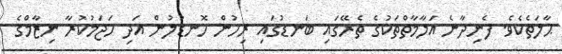
ޙާލަތެކެވެ. ފެނިދާނެ އަލާމާތްތަކުގެ ތެރޭގައި ބަނޑުގައި ރިހުން ހޮނޑުލުން އަދި ހަޖަމުކުރާ ނިޒާމްގެ